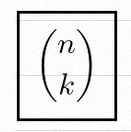
\binom{n}{k}